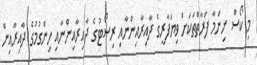
މި ކޯސް ނިންމާ ފަރާތްތަކަށް ވިޔަފާރީގެ ދާއިރާއިންނާއި ރިސޯޓުގެ ދާއިރާއިންނާއި ހިންގުމުގެ ދާއިރާއިން